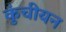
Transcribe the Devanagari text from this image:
कुंचीयन